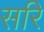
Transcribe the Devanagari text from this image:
सरि